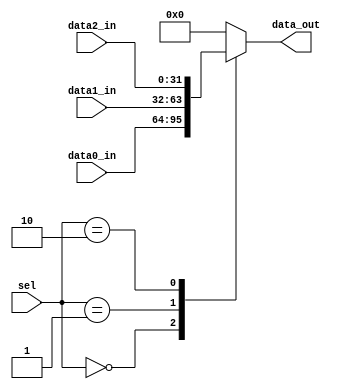
module mux3(
    input           [1:0]   sel         ,
    input           [31:0]  data0_in    ,
    input           [31:0]  data1_in    ,
    input           [31:0]  data2_in    ,

    output  reg     [31:0]  data_out    
);

//=================================================================================
// Parameter declaration
//=================================================================================





//=================================================================================
// Signal declaration
//=================================================================================




//=================================================================================
// Body
//=================================================================================

always @(*)begin
    case(sel)
        2'b00 : data_out = data0_in;
        2'b01 : data_out = data1_in;
        2'b10 : data_out = data2_in;
        default : data_out = 32'd0;
    endcase
end

endmodule